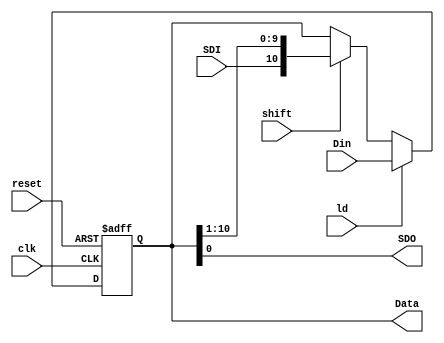
`timescale 1ns / 1ps
//////////////////////////////////////////////////////////////////////////////////
//	
//	Notes:		The register is an eleven bit register that can be loaded with
//					serial in and parallel in. The LSB of the data is the output of the 
//					register.
//////////////////////////////////////////////////////////////////////////////////
 module PISO11(clk,reset,shift,ld,Din,SDI,SDO,Data);
	input clk, reset, shift, ld, SDI;
	input [10:0] Din;
	output wire SDO;
	output reg [10:0] Data;
	
	//Register that holds 11bits and shifts left in SDI when shift is enabled
	always @(posedge clk, negedge reset)
		if (!reset)
			Data <= 10'b1111111111;
		else if(ld)
			Data <= Din;
		else if(shift)
			Data <= {SDI,Data[10:1]};
		else 
			Data <= Data;
			
	assign SDO = Data[0];
		
	


endmodule